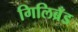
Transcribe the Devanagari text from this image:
गिलिब्रँड